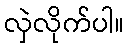
လှဲလိုက်ပါ။